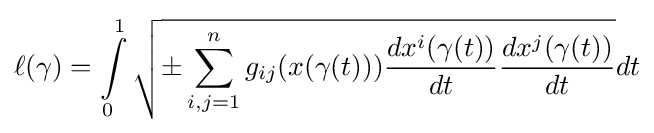
\ell (\gamma )=\int \limits _{0}^{1}{\sqrt {\pm \sum _{i,j=1}^{n}g_{ij}(x(\gamma (t))){\frac {dx^{i}(\gamma (t))}{dt}}{\frac {dx^{j}(\gamma (t))}{dt}}}}dt